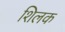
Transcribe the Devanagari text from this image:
शिलक